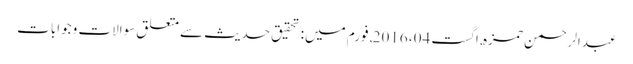
عبدالرحمن حمزہ, ‏اگست 04، 2016, فورم میں: تحقیق حدیث سے متعلق سوالات وجوابات